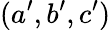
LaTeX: (a^{\prime},b^{\prime},c^{\prime})